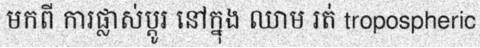
មកពី ការផ្លាស់ប្តូរ នៅក្នុង ឈាម រត់ tropospheric